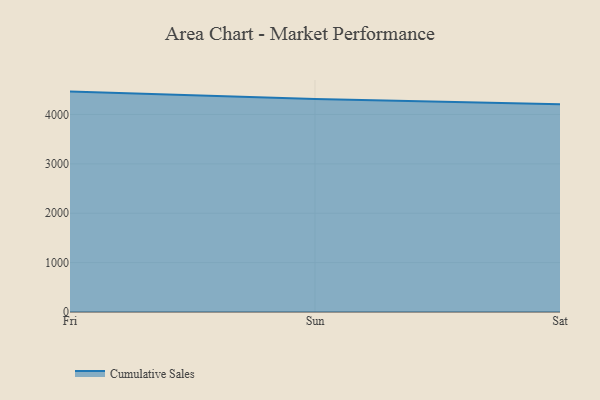
{"axis": {"x": "Day", "y": "Market Share (%)"}, "legend": ["Cumulative Sales"], "data": [{"x": "Fri", "y": 4463.3, "type": "Cumulative Sales"}, {"x": "Sun", "y": 4314.0, "type": "Cumulative Sales"}, {"x": "Sat", "y": 4204.9, "type": "Cumulative Sales"}]}